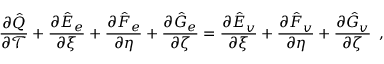
\frac { \partial \hat { Q } } { \partial \mathcal { T } } + \frac { \partial \hat { E } _ { e } } { \partial \xi } + \frac { \partial \hat { F } _ { e } } { \partial \eta } + \frac { \partial \hat { G } _ { e } } { \partial \zeta } = \frac { \partial \hat { E } _ { v } } { \partial \xi } + \frac { \partial \hat { F } _ { v } } { \partial \eta } + \frac { \partial \hat { G } _ { v } } { \partial \zeta } \, \mathrm { ~ , ~ }